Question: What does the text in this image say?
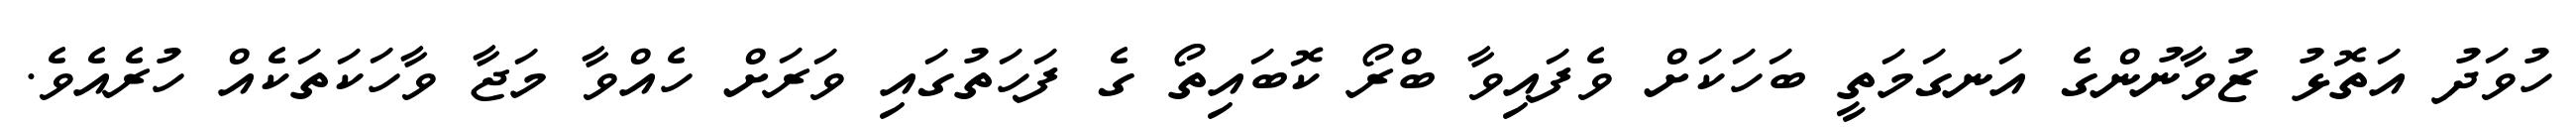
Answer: ހުވަދު އަތޮޅު ޒުވާނުންގެ އަނގަމަތީ ބަހަކަށް ވެފައިވާ ބްރޯ ކޮބައިތޯ ގެ ފަހަތުގައި ވަރަށް ހެއްވާ މަޖާ ވާހަކަތަކެއް ހުރެއެވެ.